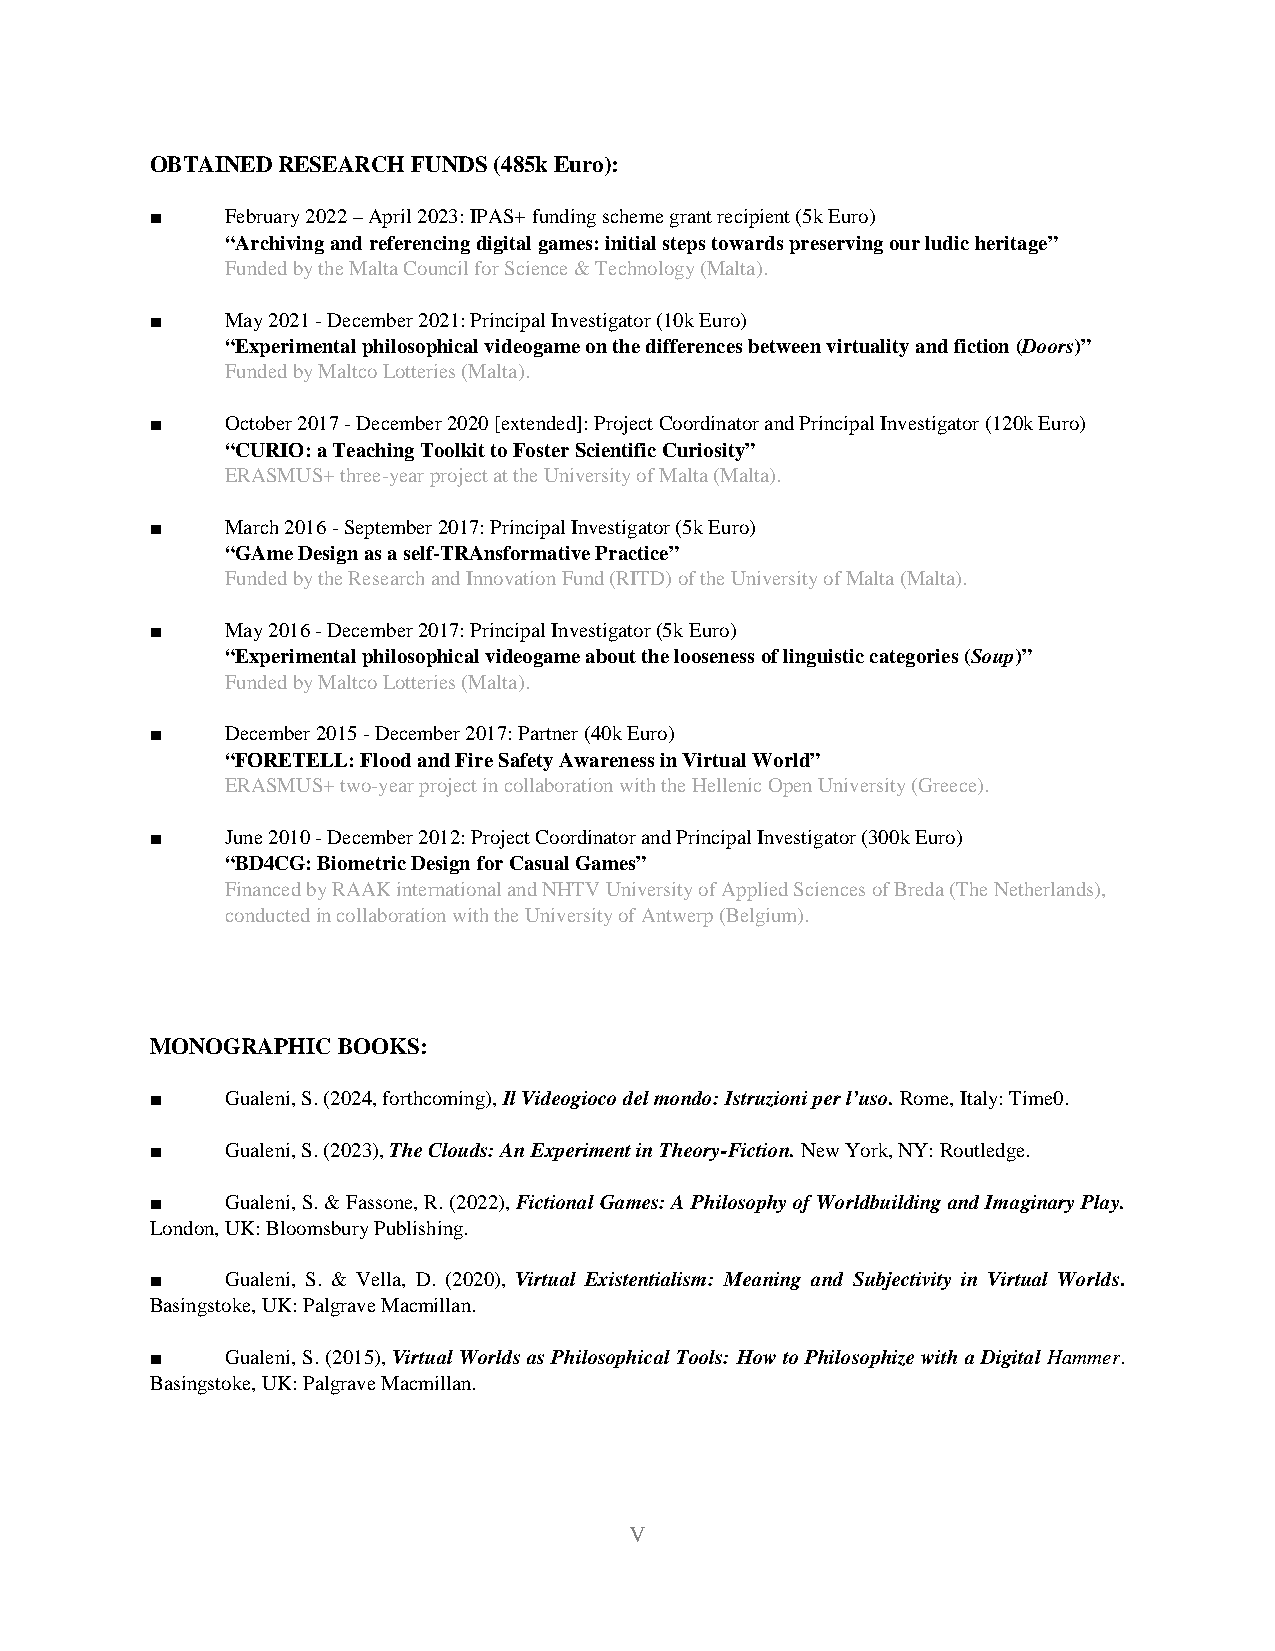
OBTAINED RESEARCH FUNDS (485k Euro):
 ■    February 2022 – April 2023: IPAS+ funding scheme grant recipient (5k Euro)
 “Archiving and referencing digital games: initial steps towards preserving our ludic heritage”
 Funded by the Malta Council for Science & Technology (Malta).
 ■    May 2021 - December 2021: Principal Investigator (10k Euro)
 “Experimental philosophical videogame on the differences between virtuality and fiction (Doors)”
 Funded by Maltco Lotteries (Malta).
 ■    October 2017 - December 2020 [extended]: Project Coordinator and Principal Investigator (120k Euro)
 “CURIO: a Teaching Toolkit to Foster Scientific Curiosity”
 ERASMUS+ three-year project at the University of Malta (Malta).
 ■    March 2016 - September 2017: Principal Investigator (5k Euro)
 “GAme Design as a self-TRAnsformative Practice”
 Funded by the Research and Innovation Fund (RITD) of the University of Malta (Malta).
 ■    May 2016 - December 2017: Principal Investigator (5k Euro)
 “Experimental philosophical videogame about the looseness of linguistic categories (Soup)”
 Funded by Maltco Lotteries (Malta).
 ■    December 2015 - December 2017: Partner (40k Euro)
 “FORETELL: Flood and Fire Safety Awareness in Virtual World”
 ERASMUS+ two-year project in collaboration with the Hellenic Open University (Greece).
 ■    June 2010 - December 2012: Project Coordinator and Principal Investigator (300k Euro)
 “BD4CG: Biometric Design for Casual Games”
 Financed by RAAK international and NHTV University of Applied Sciences of Breda (The Netherlands),
 conducted in collaboration with the University of Antwerp (Belgium).
 MONOGRAPHIC BOOKS:
 ■    Gualeni, S. (2024, forthcoming), Il Videogioco del mondo: Istruzioni per l’uso. Rome, Italy: Time0.
 ■    Gualeni, S. (2023), The Clouds: An Experiment in Theory-Fiction. New York, NY: Routledge.
 ■    Gualeni, S. & Fassone, R. (2022), Fictional Games: A Philosophy of Worldbuilding and Imaginary Play.
 London, UK: Bloomsbury Publishing.
 ■    Gualeni, S. & Vella, D. (2020), Virtual Existentialism: Meaning and Subjectivity in Virtual Worlds.
 Basingstoke, UK: Palgrave Macmillan.
 ■    Gualeni, S. (2015), Virtual Worlds as Philosophical Tools: How to Philosophize with a Digital Hammer.
 Basingstoke, UK: Palgrave Macmillan.
 V